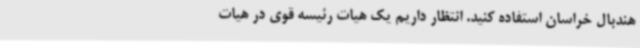
هندبال خراسان استفاده کنید. انتظار داریم یک هیات رئیسه قوی در هیات